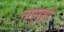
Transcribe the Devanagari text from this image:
नापुखुरी